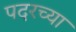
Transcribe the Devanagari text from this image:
पदरच्या